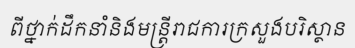
ពីថ្នាក់ដឹកនាំនិងមន្ត្រីរាជការក្រសួងបរិស្ថាន